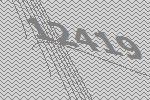
12419